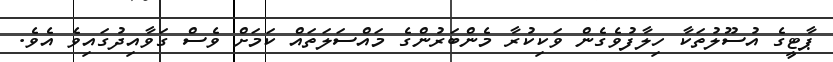
ޕާޓީގެ އުސޫލުތަކާ ހިލާފުވެގެން ވަކިކުރާ މެންބަރުންގެ މައްސަލަތައް ކަމަށް ވެސް ގަވާއިދުގައިވެ އެވެ.